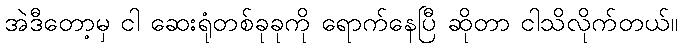
အဲဒီတော့မှ ငါ ဆေးရုံတစ်ခုခုကို ရောက်နေပြီ ဆိုတာ ငါသိလိုက်တယ်။